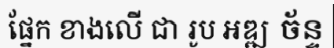
ផ្នែក ខាងលើ ជា រូប អឌ្ឍ ច័ន្ទ